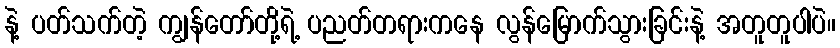
နဲ့ ပတ်သက်တဲ့ ကျွန်တော်တို့ရဲ့ ပညတ်တရားကနေ လွန်မြောက်သွားခြင်းနဲ့ အတူတူပါပဲ။